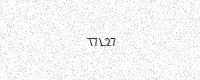
Text: T7L27